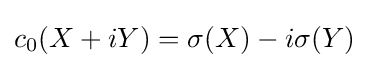
\displaystyle {c_{0}(X+iY)=\sigma (X)-i\sigma (Y)}